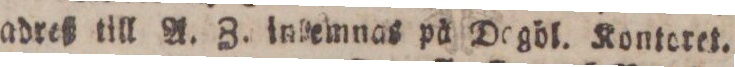
adreß till A. Z. inlemnas på Dagbl. Kontoret.